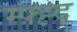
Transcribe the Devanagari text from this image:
म्फ्ह्द्